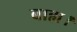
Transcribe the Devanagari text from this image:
बाह्य।